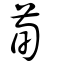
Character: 荀